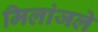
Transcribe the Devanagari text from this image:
मिलांजले